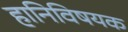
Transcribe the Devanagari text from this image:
हानिविषयक